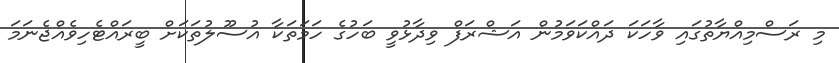
މި ރަސްމިއްޔާތުގައި ވާހަކަ ދައްކަވަމުން އަޝްރަފް ވިދާޅުވީ ބަހުގެ ހަމަތަކާ އުސޫލުތަކަށް ބީރައްޓެހިވެއްޖެނަމަ